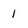
Character: 1